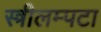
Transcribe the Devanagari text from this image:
स्त्रीलम्पटा